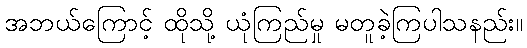
အဘယ်ကြောင့် ထိုသို့ ယုံကြည်မှု မတူခဲ့ကြပါသနည်း။